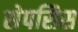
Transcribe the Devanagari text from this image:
सेपसिस